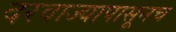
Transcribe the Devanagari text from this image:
दरवाज्यापासूनच